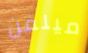
ميلفن